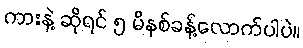
ကားနဲ့ ဆိုရင် ၅ မိနစ်ခန့်လောက်ပါပဲ။